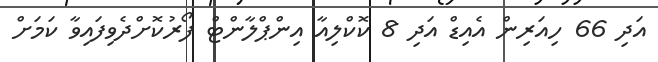
އަދި 66 ހިއަރިން އެއިޑް އަދި 8 ކޮކްލިއާ އިންޕްލާންޓް ފޯރުކޮށްދެވިފައިވާ ކަމަށް